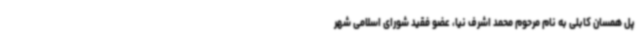
پل همسان کابلی به نام مرحوم محمد اشرف نیا، عضو فقید شورای اسلامی شهر